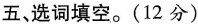
五 选词填空.(12 分)